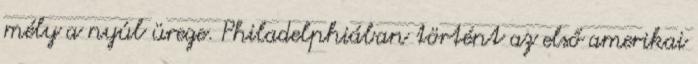
mély a nyúl ürege. Philadelphiában történt az első amerikai